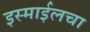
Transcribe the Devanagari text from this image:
इस्माईलचा